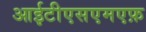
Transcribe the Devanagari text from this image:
आईटीएसएमएफ़